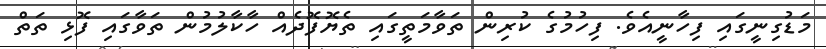
މަޑުގިނީގައި ފިހާނީއެވެ. ފިހުމުގެ ކުރިން ތަވާމަތީގައި ތެޔޮފޮދެއް ހާކާލުމުން ތަވާގައި ފޮޅި ތަތް